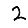
Digit: 2